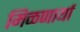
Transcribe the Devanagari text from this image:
मिळणार्या